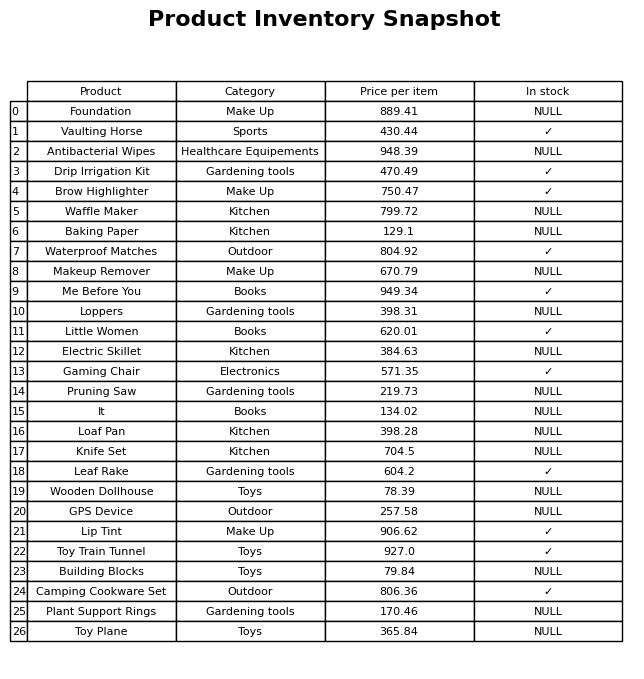
question: What is the price for Pruning Saw?
answer: The price of Pruning Saw is 219.73.